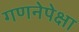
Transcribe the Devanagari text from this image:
गणनेपेक्षा